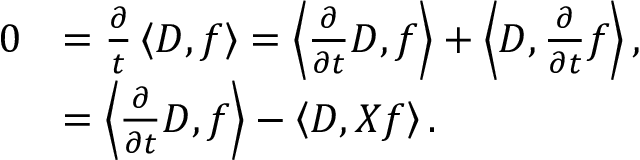
\begin{array} { r l } { 0 } & { = \frac { \partial } { t } \left\langle D , f \right\rangle = \left\langle \frac { \partial } { \partial t } D , f \right\rangle + \left\langle D , \frac { \partial } { \partial t } f \right\rangle , } \\ & { = \left\langle \frac { \partial } { \partial t } D , f \right\rangle - \left\langle D , X f \right\rangle . } \end{array}